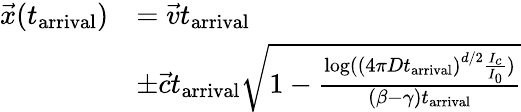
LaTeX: \begin{array}{rl}{\vec{x}(t_{\mathrm{arrival}})}&{=\vec{v}t_{\mathrm{arrival}}}\\ &{\pm\vec{c}t_{\mathrm{arrival}}\sqrt{1-\frac{\log(\left(4\pi Dt_{\mathrm{arrival}}\right)^{d/2}\frac{I_{c}}{I_{0}})}{(\beta-\gamma)t_{\mathrm{arrival}}}}}\end{array}